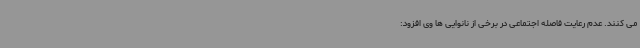
می کنند. عدم رعایت فاصله اجتماعی در برخی از نانوایی ها وی افزود: